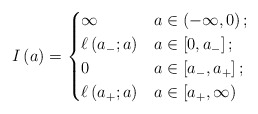
\begin{align*}I \left( a \right) = \begin{cases} \infty & a \in \left( -\infty,0 \right);\\ \ell \left( a_{-} ; a \right) & a \in \left[ 0,a_{-} \right];\\ 0 & a \in \left[ a_{-} , a_{+} \right];\\ \ell \left( a_{+} ; a \right) & a \in \left[ a_{+},\infty \right) \end{cases}\end{align*}